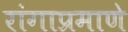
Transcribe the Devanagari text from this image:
रांगाप्रमाणे